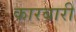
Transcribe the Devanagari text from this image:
कारबारी